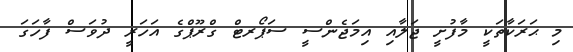
މި ޙަރަކާތަކީ މާފުށީ ޖަލާއި އިމަޖެންސީ ސަޕޯރޓް ގްރޫޕްގެ އަހަރީ ދުވަސް ފާހަގަ